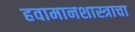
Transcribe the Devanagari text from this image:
हवामानशास्त्राचा